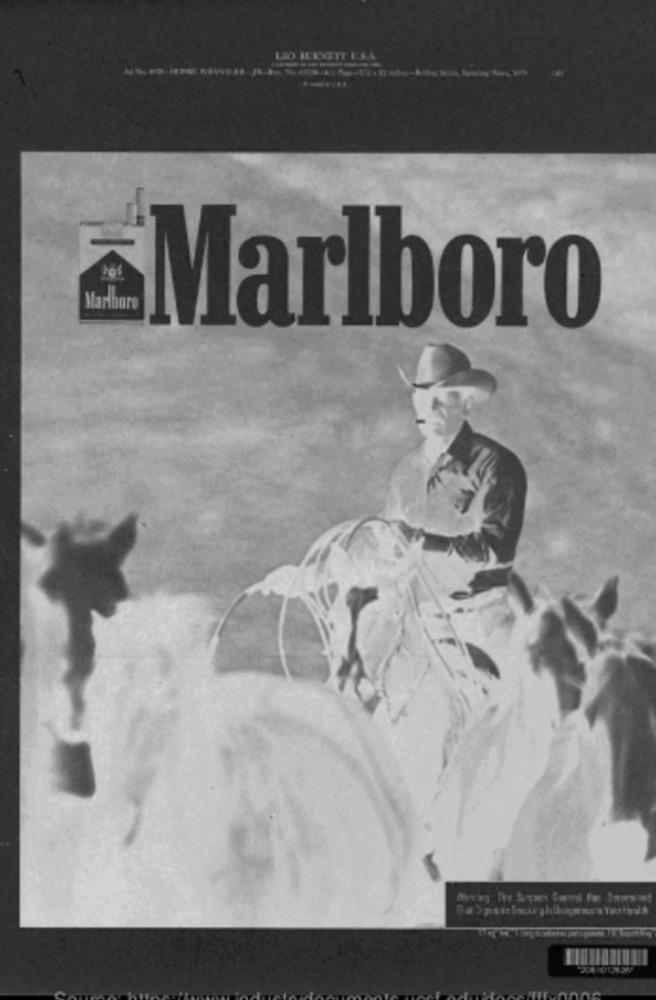
-
Marlboro
Marlboro